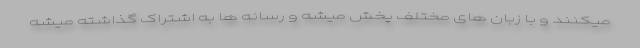
میکنند و با زبان های مختلف پخش میشه و رسانه ها به اشتراک گذاشته میشه